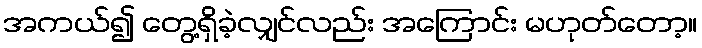
အကယ်၍ တွေ့ရှိခဲ့လျှင်လည်း အကြောင်း မဟုတ်တော့။